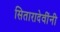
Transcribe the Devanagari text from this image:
सितारादेवींनी